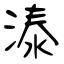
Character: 溙